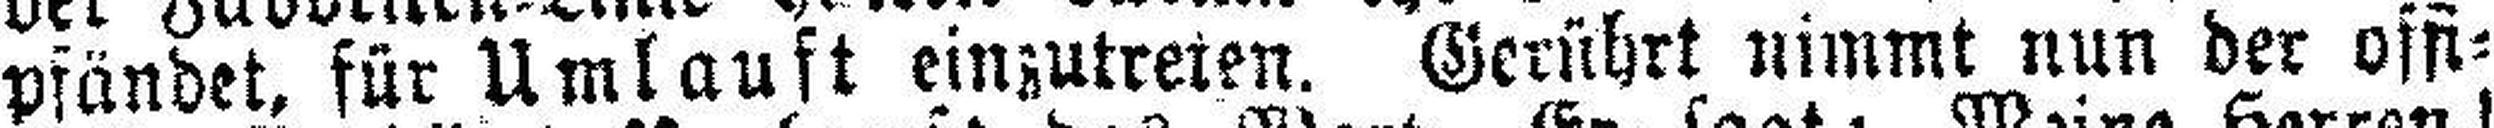
pfändet, für Umlauft einzutreten. Gerührt nimmt nun der offi¬